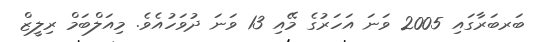
ބަރބަރާގައި 2005 ވަނަ އަހަރުގެ މޭއި 13 ވަނަ ދުވަހުއެވެ. މިއަލްބަމް ރިލީޒް